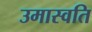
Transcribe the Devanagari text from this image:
उमास्वति